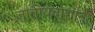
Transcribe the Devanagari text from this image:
जातीयवाद्यांनी